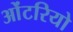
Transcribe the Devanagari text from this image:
ओंटरियो